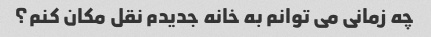
چه زمانی می توانم به خانه جدیدم نقل مکان کنم؟